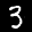
Label: 3